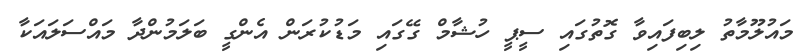
މައުލޫމާތު ލިބިފައިވާ ގޮތުގައި ސީޕީ ހުޝާމް ގޭގައި މަޑުކުރަން އެންގީ ބަލަމުންދާ މައްސަލައަކާ